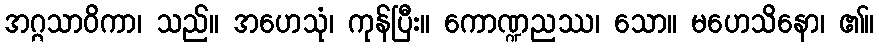
အဂ္ဂသာဝိကာ၊ သည်။ အဟေသုံ၊ ကုန်ပြီး။ ကောဏ္ဍညဿ၊ သော။ မဟေသိနော၊ ၏။